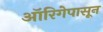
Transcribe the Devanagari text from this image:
ऑरिगेपासून